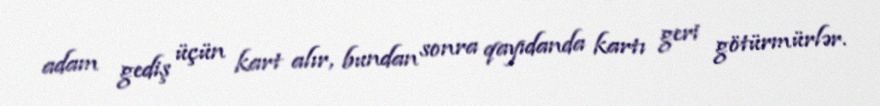
adam gediş üçün kart alır, bundan sonra qayıdanda kartı geri götürmürlər.